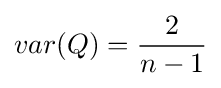
var(Q)={\frac {2}{n-1}}